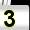
Digit: 3